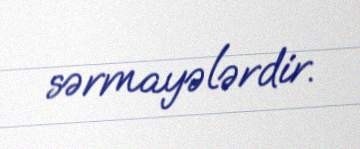
sərmayələrdir.